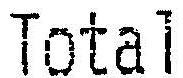
TOTAL